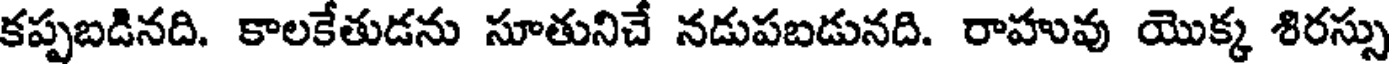
కప్పబడినది. కాలకేతుడను సూతునిచే నడుపబడునది. రాహువు యొక్క శిరస్సు